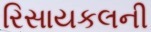
રિસાયકલની